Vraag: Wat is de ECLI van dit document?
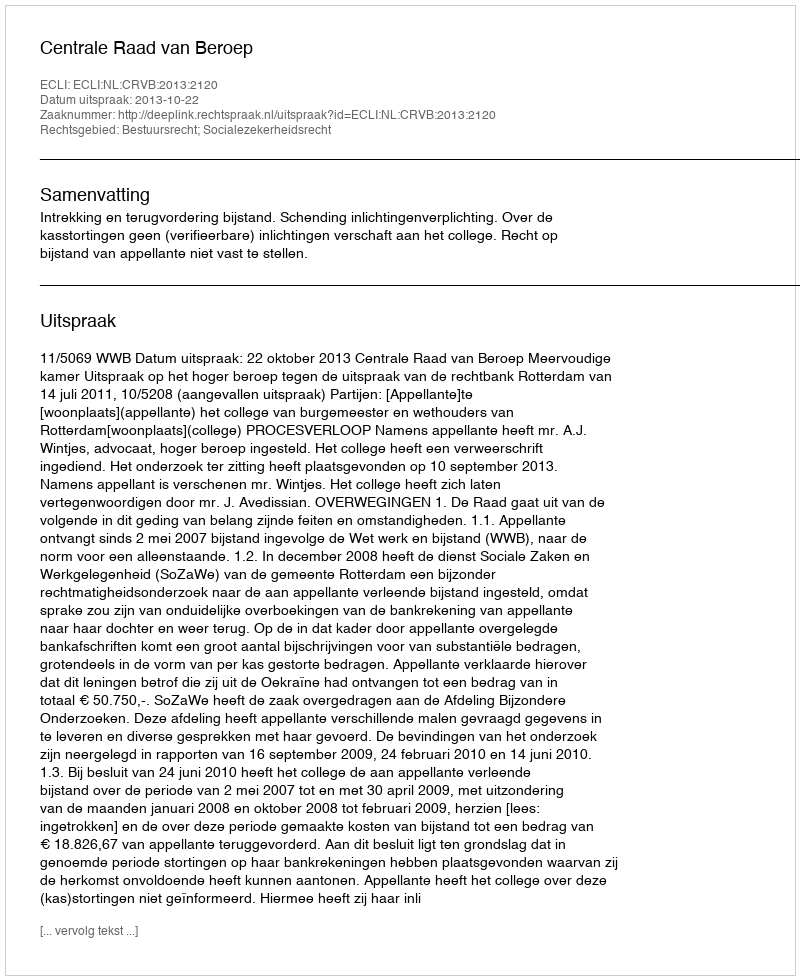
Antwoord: ECLI:NL:CRVB:2013:2120